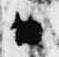
日